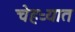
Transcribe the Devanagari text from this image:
चेहऱ्यात